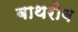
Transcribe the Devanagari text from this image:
बाथरोब